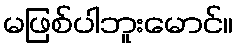
မဖြစ်ပါဘူးမောင်။